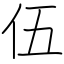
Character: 伍